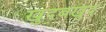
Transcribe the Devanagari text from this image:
खुदबखुद